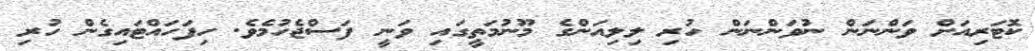
ކޮޓަރިއަށް ވަންނަން ނުވަންނަން ހުރި ލިލިއަންގެ މޫނުމަތީގައި ވަނީ ފަސްޖެހުމެވެ. ހިފަހައްޓައިގެން ހުރި